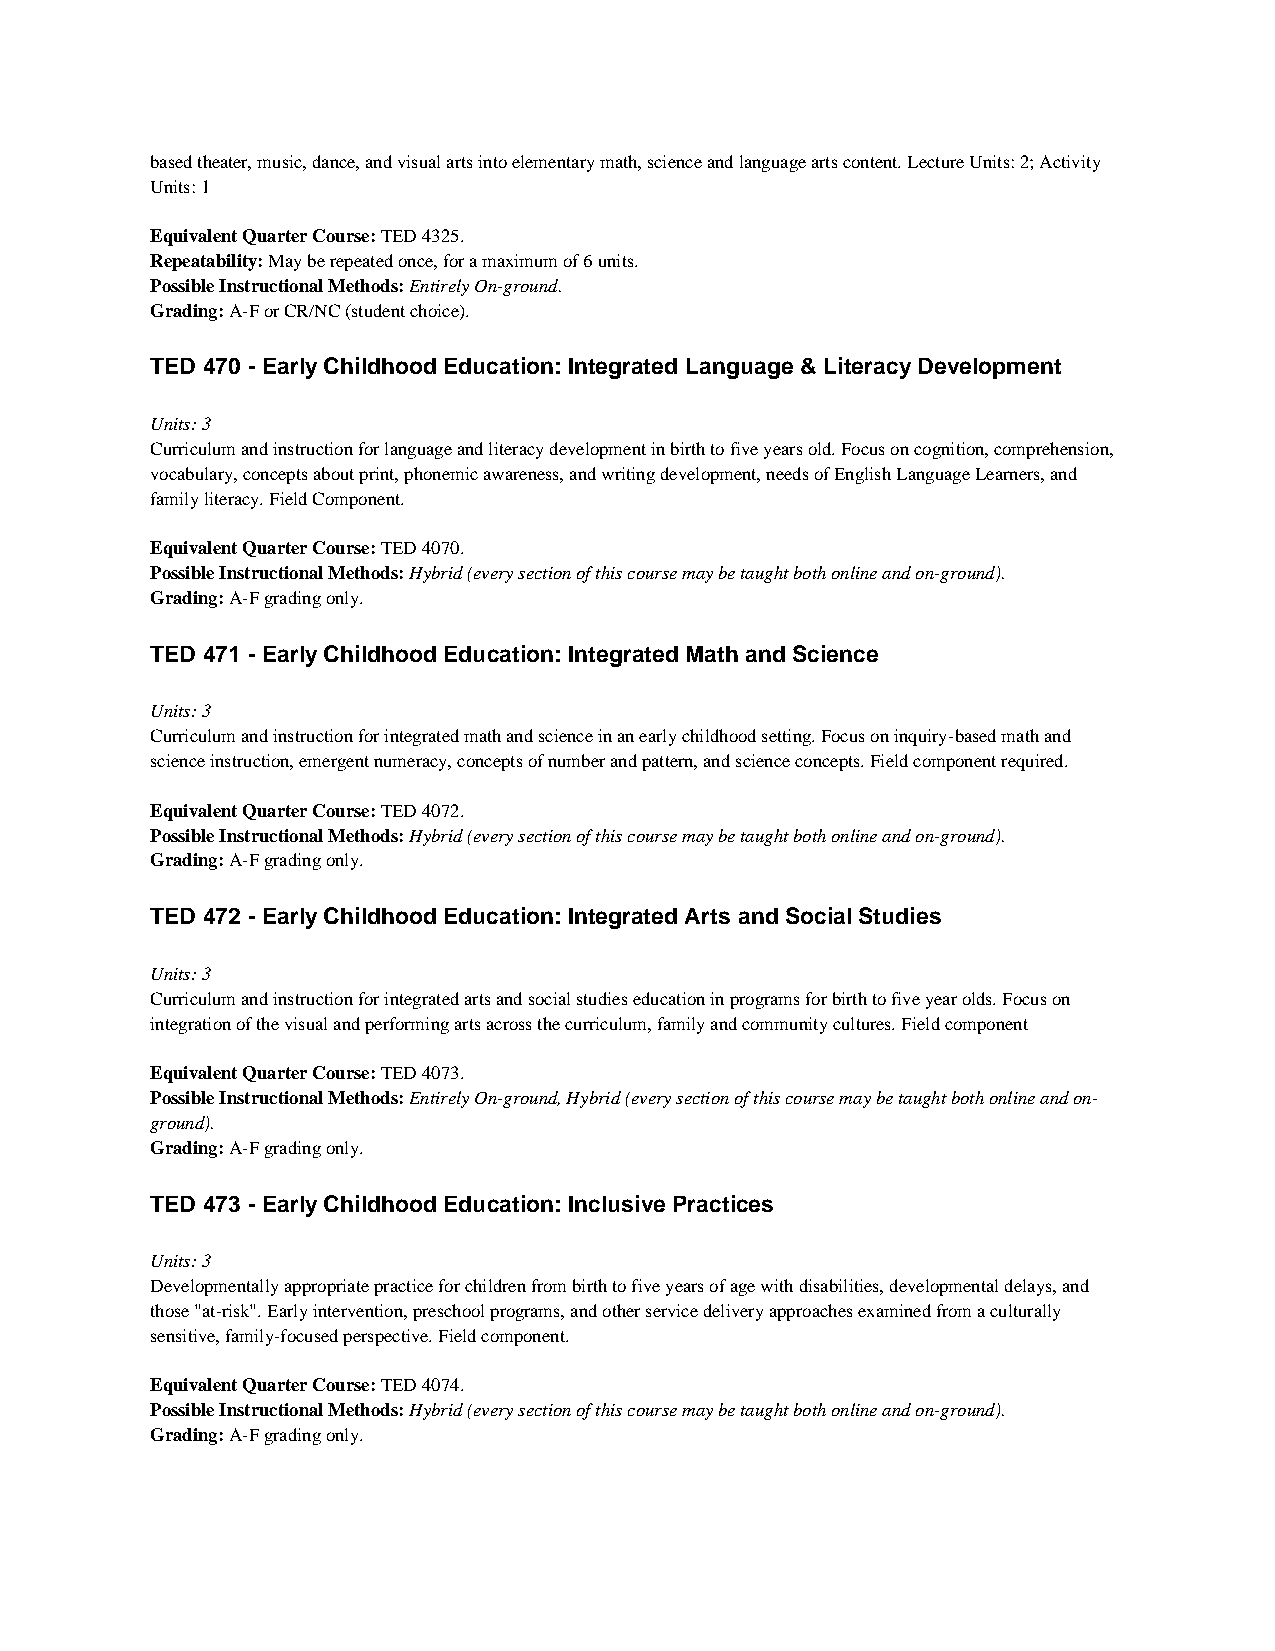
based theater, music, dance, and visual arts into elementary math, science and language arts content. Lecture Units: 2; Activity
 Units: 1
 Equivalent Quarter Course: TED 4325.
 Repeatability: May be repeated once, for a maximum of 6 units.
 Possible Instructional Methods: Entirely On-ground.
 Grading: A-F or CR/NC (student choice).
 TED 470 - Early Childhood Education: Integrated Language & Literacy Development
 Units: 3
 Curriculum and instruction for language and literacy development in birth to five years old. Focus on cognition, comprehension,
 vocabulary, concepts about print, phonemic awareness, and writing development, needs of English Language Learners, and
 family literacy. Field Component.
 Equivalent Quarter Course: TED 4070.
 Possible Instructional Methods: Hybrid (every section of this course may be taught both online and on-ground).
 Grading: A-F grading only.
 TED 471 - Early Childhood Education: Integrated Math and Science
 Units: 3
 Curriculum and instruction for integrated math and science in an early childhood setting. Focus on inquiry-based math and
 science instruction, emergent numeracy, concepts of number and pattern, and science concepts. Field component required.
 Equivalent Quarter Course: TED 4072.
 Possible Instructional Methods: Hybrid (every section of this course may be taught both online and on-ground).
 Grading: A-F grading only.
 TED 472 - Early Childhood Education: Integrated Arts and Social Studies
 Units: 3
 Curriculum and instruction for integrated arts and social studies education in programs for birth to five year olds. Focus on
 integration of the visual and performing arts across the curriculum, family and community cultures. Field component
 Equivalent Quarter Course: TED 4073.
 Possible Instructional Methods: Entirely On-ground, Hybrid (every section of this course may be taught both online and on-
 ground).
 Grading: A-F grading only.
 TED 473 - Early Childhood Education: Inclusive Practices
 Units: 3
 Developmentally appropriate practice for children from birth to five years of age with disabilities, developmental delays, and
 those "at-risk". Early intervention, preschool programs, and other service delivery approaches examined from a culturally
 sensitive, family-focused perspective. Field component.
 Equivalent Quarter Course: TED 4074.
 Possible Instructional Methods: Hybrid (every section of this course may be taught both online and on-ground).
 Grading: A-F grading only.